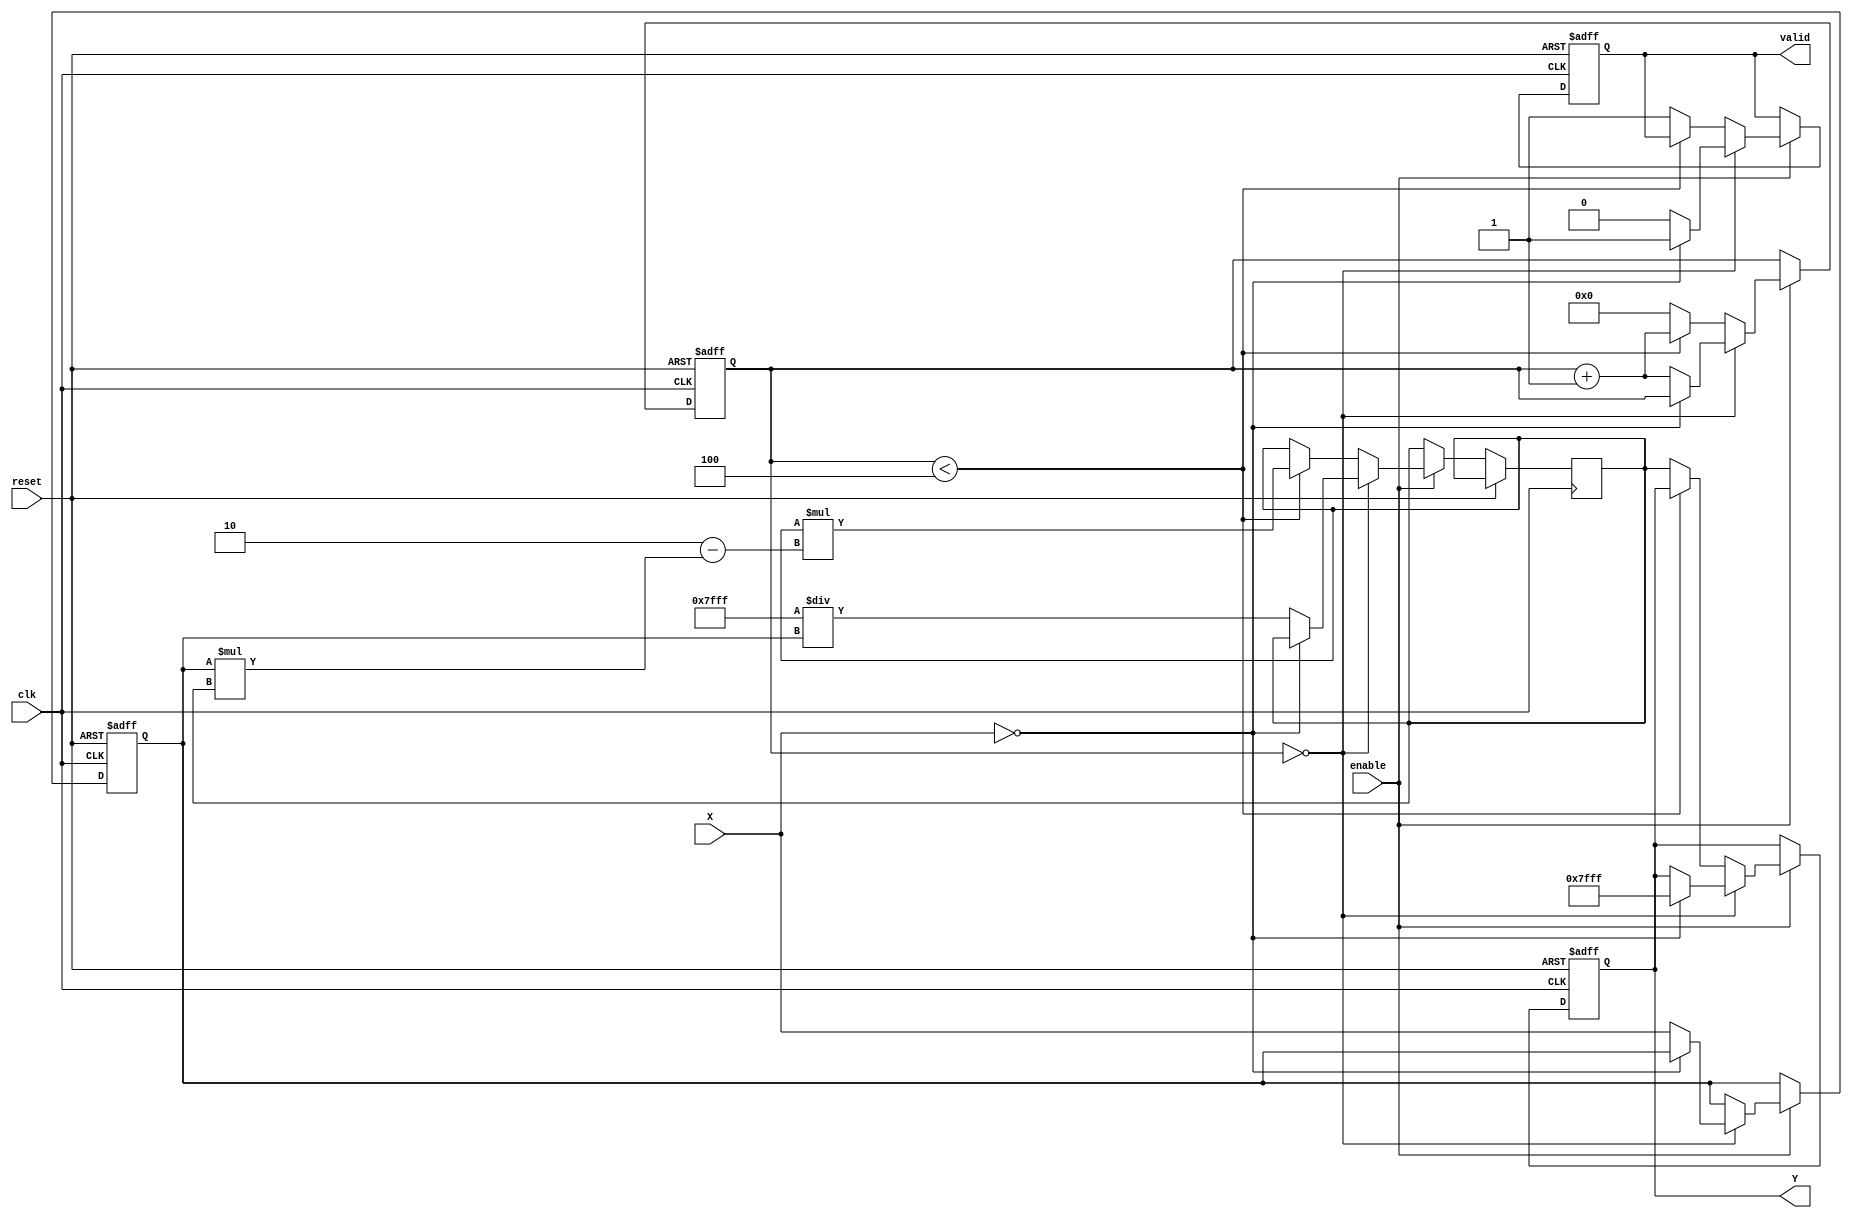
module BinaryFractionalReciprocal #(
    parameter N = 16 // Total bits: 1 bit for integer, N-1 for fractional
)(
    input  wire [N-1:0] X,            // Input: Binary fractional number
    output reg  [N-1:0] Y,            // Output: Reciprocal
    input  wire clk,                   // Clock signal
    input  wire reset,                 // Reset signal
    input  wire enable,                // Enable signal
    output reg valid                   // Output valid signal
);

    // Internal signals
    reg [N-1:0] X_reg;
    reg [N-1:0] Y_next;
    reg [3:0] iteration; // Newton-Raphson iteration count

    // Constants
    localparam MAX_VALUE = {1'b0, {N-1{1'b1}}}; // Maximum value for N-bits fixed-point

    // Reciprocal calculation using Newton-Raphson method
    always @(posedge clk or posedge reset) begin
        if (reset) begin
            Y <= 0;
            X_reg <= 0;
            valid <= 0;
            iteration <= 0;
        end else if (enable) begin
            if (iteration == 0) begin
                if (X == 0) begin
                    // Handle division by zero
                    Y <= MAX_VALUE; // Set Y to maximum value as a convention
                    valid <= 1;
                end else begin
                    // Initialize X_reg and Y_next
                    X_reg <= X;
                    Y_next <= MAX_VALUE / X_reg; // Initial guess for reciprocal
                    iteration <= iteration + 1;
                    valid <= 0;
                end
            end else if (iteration < 4) begin // Limit iterations to reduce latency
                Y_next <= Y_next * (2 - (X_reg * Y_next)); // Newton-Raphson formula
                iteration <= iteration + 1;
            end else begin
                Y <= Y_next;
                valid <= 1; 
                iteration <= 0; // Reset for next computation
            end
        end
    end

endmodule